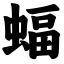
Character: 蝠